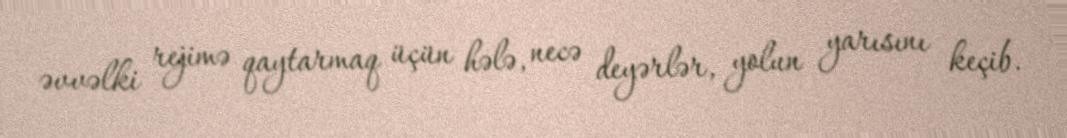
əvvəlki rejimə qaytarmaq üçün hələ, necə deyərlər, yolun yarısını keçib.